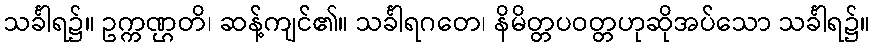
သင်္ခါရ၌။ ဥက္ကဏ္ဌတိ၊ ဆန့်ကျင်၏။ သင်္ခါရဂတေ၊ နိမိတ္တပဝတ္တဟုဆိုအပ်သော သင်္ခါရ၌။